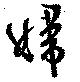
婦